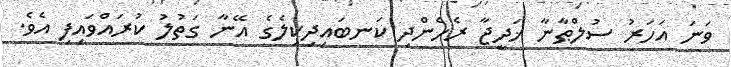
ވަނަ އަހަރު ސުލްޠާނާ ޚަދީޖާ ރެހެންދި ކަނބައިދިކިލެގެ އޭނާ ގަތުލު ކުރައްވައިފި އެވެ.